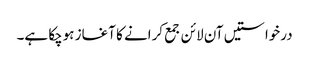
درخواستیں آن لائن جمع کرانے کا آغاز ہوچکا ہے۔